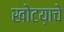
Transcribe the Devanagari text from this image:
खोटय़ाचे